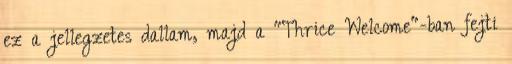
ez a jellegzetes dallam, majd a "Thrice Welcome"-ban fejti